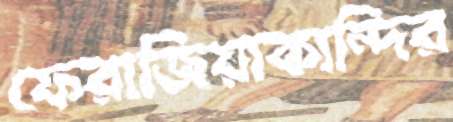
ফেরাজিয়াকান্দির